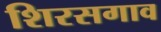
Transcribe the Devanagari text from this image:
शिरसगाव